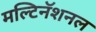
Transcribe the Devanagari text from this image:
मल्टिनॅशनल